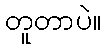
တူတာပဲ။